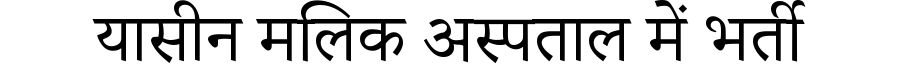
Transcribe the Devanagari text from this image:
यासीन मलिक अस्पताल में भर्ती